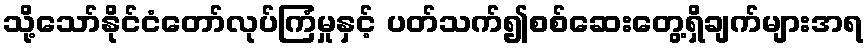
သို့သော်နိုင်ငံတော်လုပ်ကြံမှုနှင့် ပတ်သက်၍စစ်ဆေးတွေ့ရှိချက်များအရ